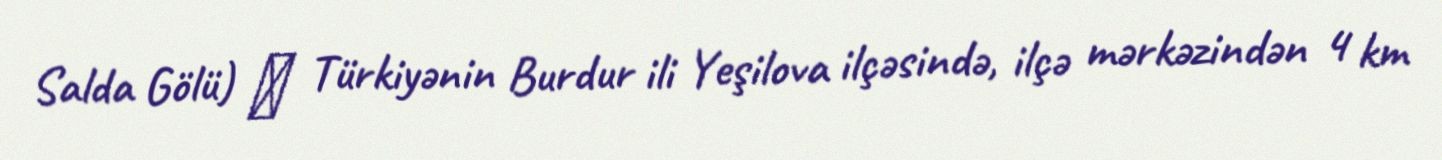
Salda Gölü) ― Türkiyənin Burdur ili Yeşilova ilçəsində, ilçə mərkəzindən 4 km